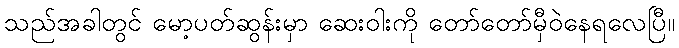
သည်အခါတွင် မော့ပတ်ဆွန်းမှာ ဆေးဝါးကို တော်တော်မှီဝဲနေရလေပြီ။